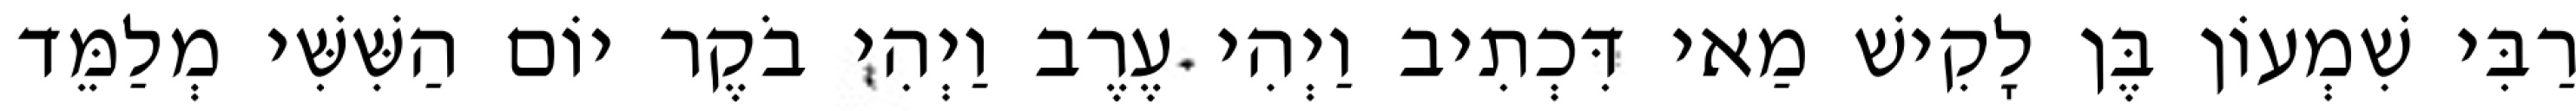
רַבִּי שִׁמְעוֹן בֶּן לָקִישׁ מַאי דִּכְתִיב וַיְהִי עֶרֶב וַיְהִי בֹקֶר יוֹם הַשִּׁשִּׁי מְלַמֵּד